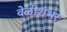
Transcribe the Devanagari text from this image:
वेळीशंभर